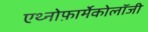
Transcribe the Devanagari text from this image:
एथ्नोफ़ार्मेकोलॉजी